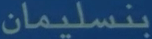
بنسليمان